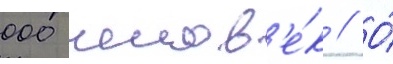
000 челов'е́к // О́